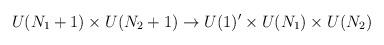
LaTeX: \begin{align*}U(N_1+1)\times U(N_2+1) \rightarrow U(1)^\prime \times U(N_1) \times U(N_2)\end{align*}